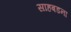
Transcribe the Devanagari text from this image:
साहबडना